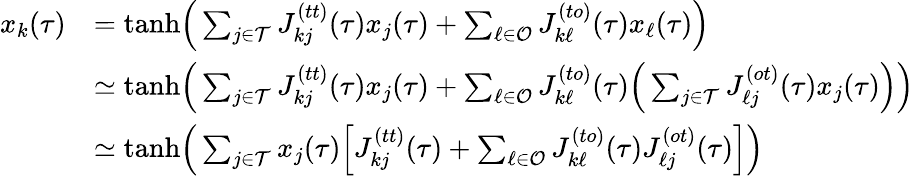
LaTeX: \begin{array}{rl}{x_{k}(\tau)}&{=\mathrm{tanh}\Big(\sum_{j\in\mathcal{T}}J_{kj}^{(tt)}(\tau)x_{j}(\tau)+\sum_{\ell\in\mathcal{O}}J_{k\ell}^{(to)}(\tau)x_{\ell}(\tau)\Big)}\\ &{\simeq\mathrm{tanh}\Big(\sum_{j\in\mathcal{T}}J_{kj}^{(tt)}(\tau)x_{j}(\tau)+\sum_{\ell\in\mathcal{O}}J_{k\ell}^{(to)}(\tau)\Big(\sum_{j\in\mathcal{T}}J_{\ell j}^{(ot)}(\tau)x_{j}(\tau)\Big)\Big)}\\ &{\simeq\mathrm{tanh}\Big(\sum_{j\in\mathcal{T}}x_{j}(\tau)\Big[J_{kj}^{(tt)}(\tau)+\sum_{\ell\in\mathcal{O}}J_{k\ell}^{(to)}(\tau)J_{\ell j}^{(ot)}(\tau)\Big]\Big)}\end{array}